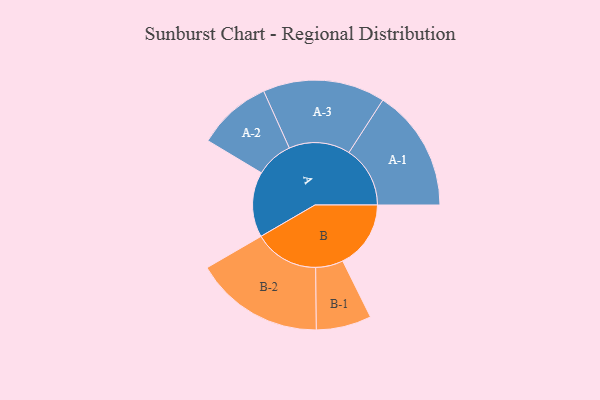
{"axis": {"x": "Segment", "y": "Value"}, "legend": ["", "A", "B"], "data": [{"x": "A", "y": 292, "type": ""}, {"x": "B", "y": 304, "type": ""}, {"x": "A-1", "y": 273, "type": "A"}, {"x": "A-2", "y": 166, "type": "A"}, {"x": "A-3", "y": 273, "type": "A"}, {"x": "B-1", "y": 123, "type": "B"}, {"x": "B-2", "y": 289, "type": "B"}]}